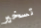
تسخير